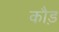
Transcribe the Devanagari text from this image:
कौड़